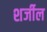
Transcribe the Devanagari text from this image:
शर्जील